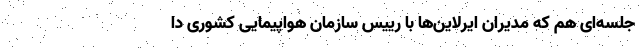
جلسه‌ای هم که مدیران ایرلاین‌ها با رییس سازمان هواپیمایی کشوری دا